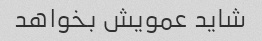
شاید عمویش بخواهد